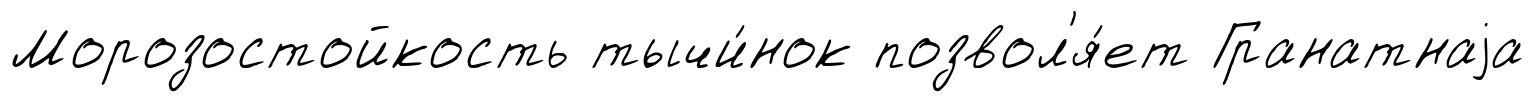
Морозостойкость тычи́нок позвол'я́ет Гранатнаjа